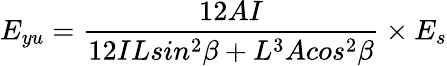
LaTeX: E_{yu}=\frac{12AI}{12ILsin^{2}\beta+L^{3}Acos^{2}\beta}\times{E_{s}}